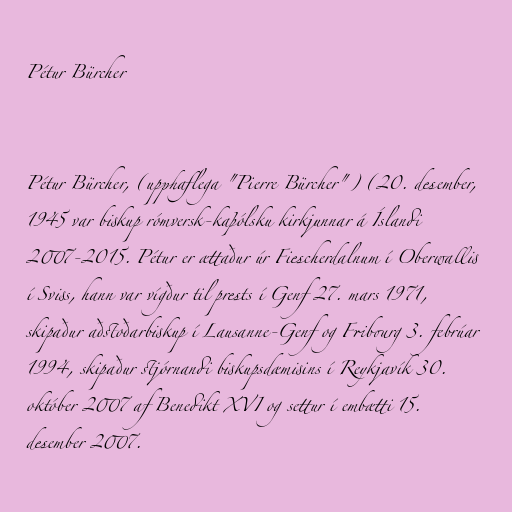
Pétur Bürcher

Pétur Bürcher, (upphaflega "Pierre Bürcher") (20. desember,
1945 var biskup rómversk-kaþólsku kirkjunnar á Íslandi
2007-2015. Pétur er ættaður úr Fiescherdalnum í Oberwallis
í Sviss, hann var vígður til prests í Genf 27. mars 1971,
skipaður aðstoðarbiskup í Lausanne-Genf og Fribourg 3. febrúar
1994, skipaður stjórnandi biskupsdæmisins í Reykjavík 30.
október 2007 af Benedikt XVI og settur í embætti 15.
desember 2007.